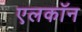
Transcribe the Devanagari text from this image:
एलकॉन